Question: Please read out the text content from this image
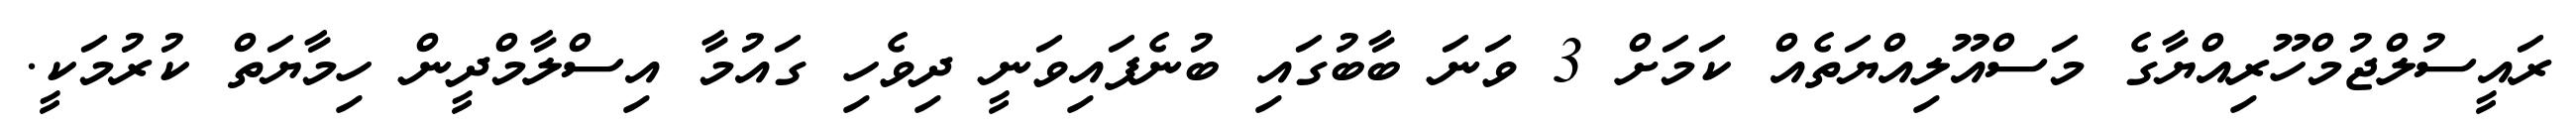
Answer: ރައީސުލްޖުމްހޫރިއްޔާގެ މަސްއޫލިއްޔަތެއް ކަމަށް 3 ވަނަ ބާބުގައި ބުނެފައިވަނީ ދިވެހި ގައުމާ އިސްލާމްދީން ހިމާޔަތް ކުރުމަކީ.